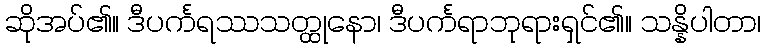
ဆိုအပ်၏။ ဒီပင်္ကရဿသတ္ထုနော၊ ဒီပင်္ကရာဘုရားရှင်၏။ သန္နိပါတာ၊